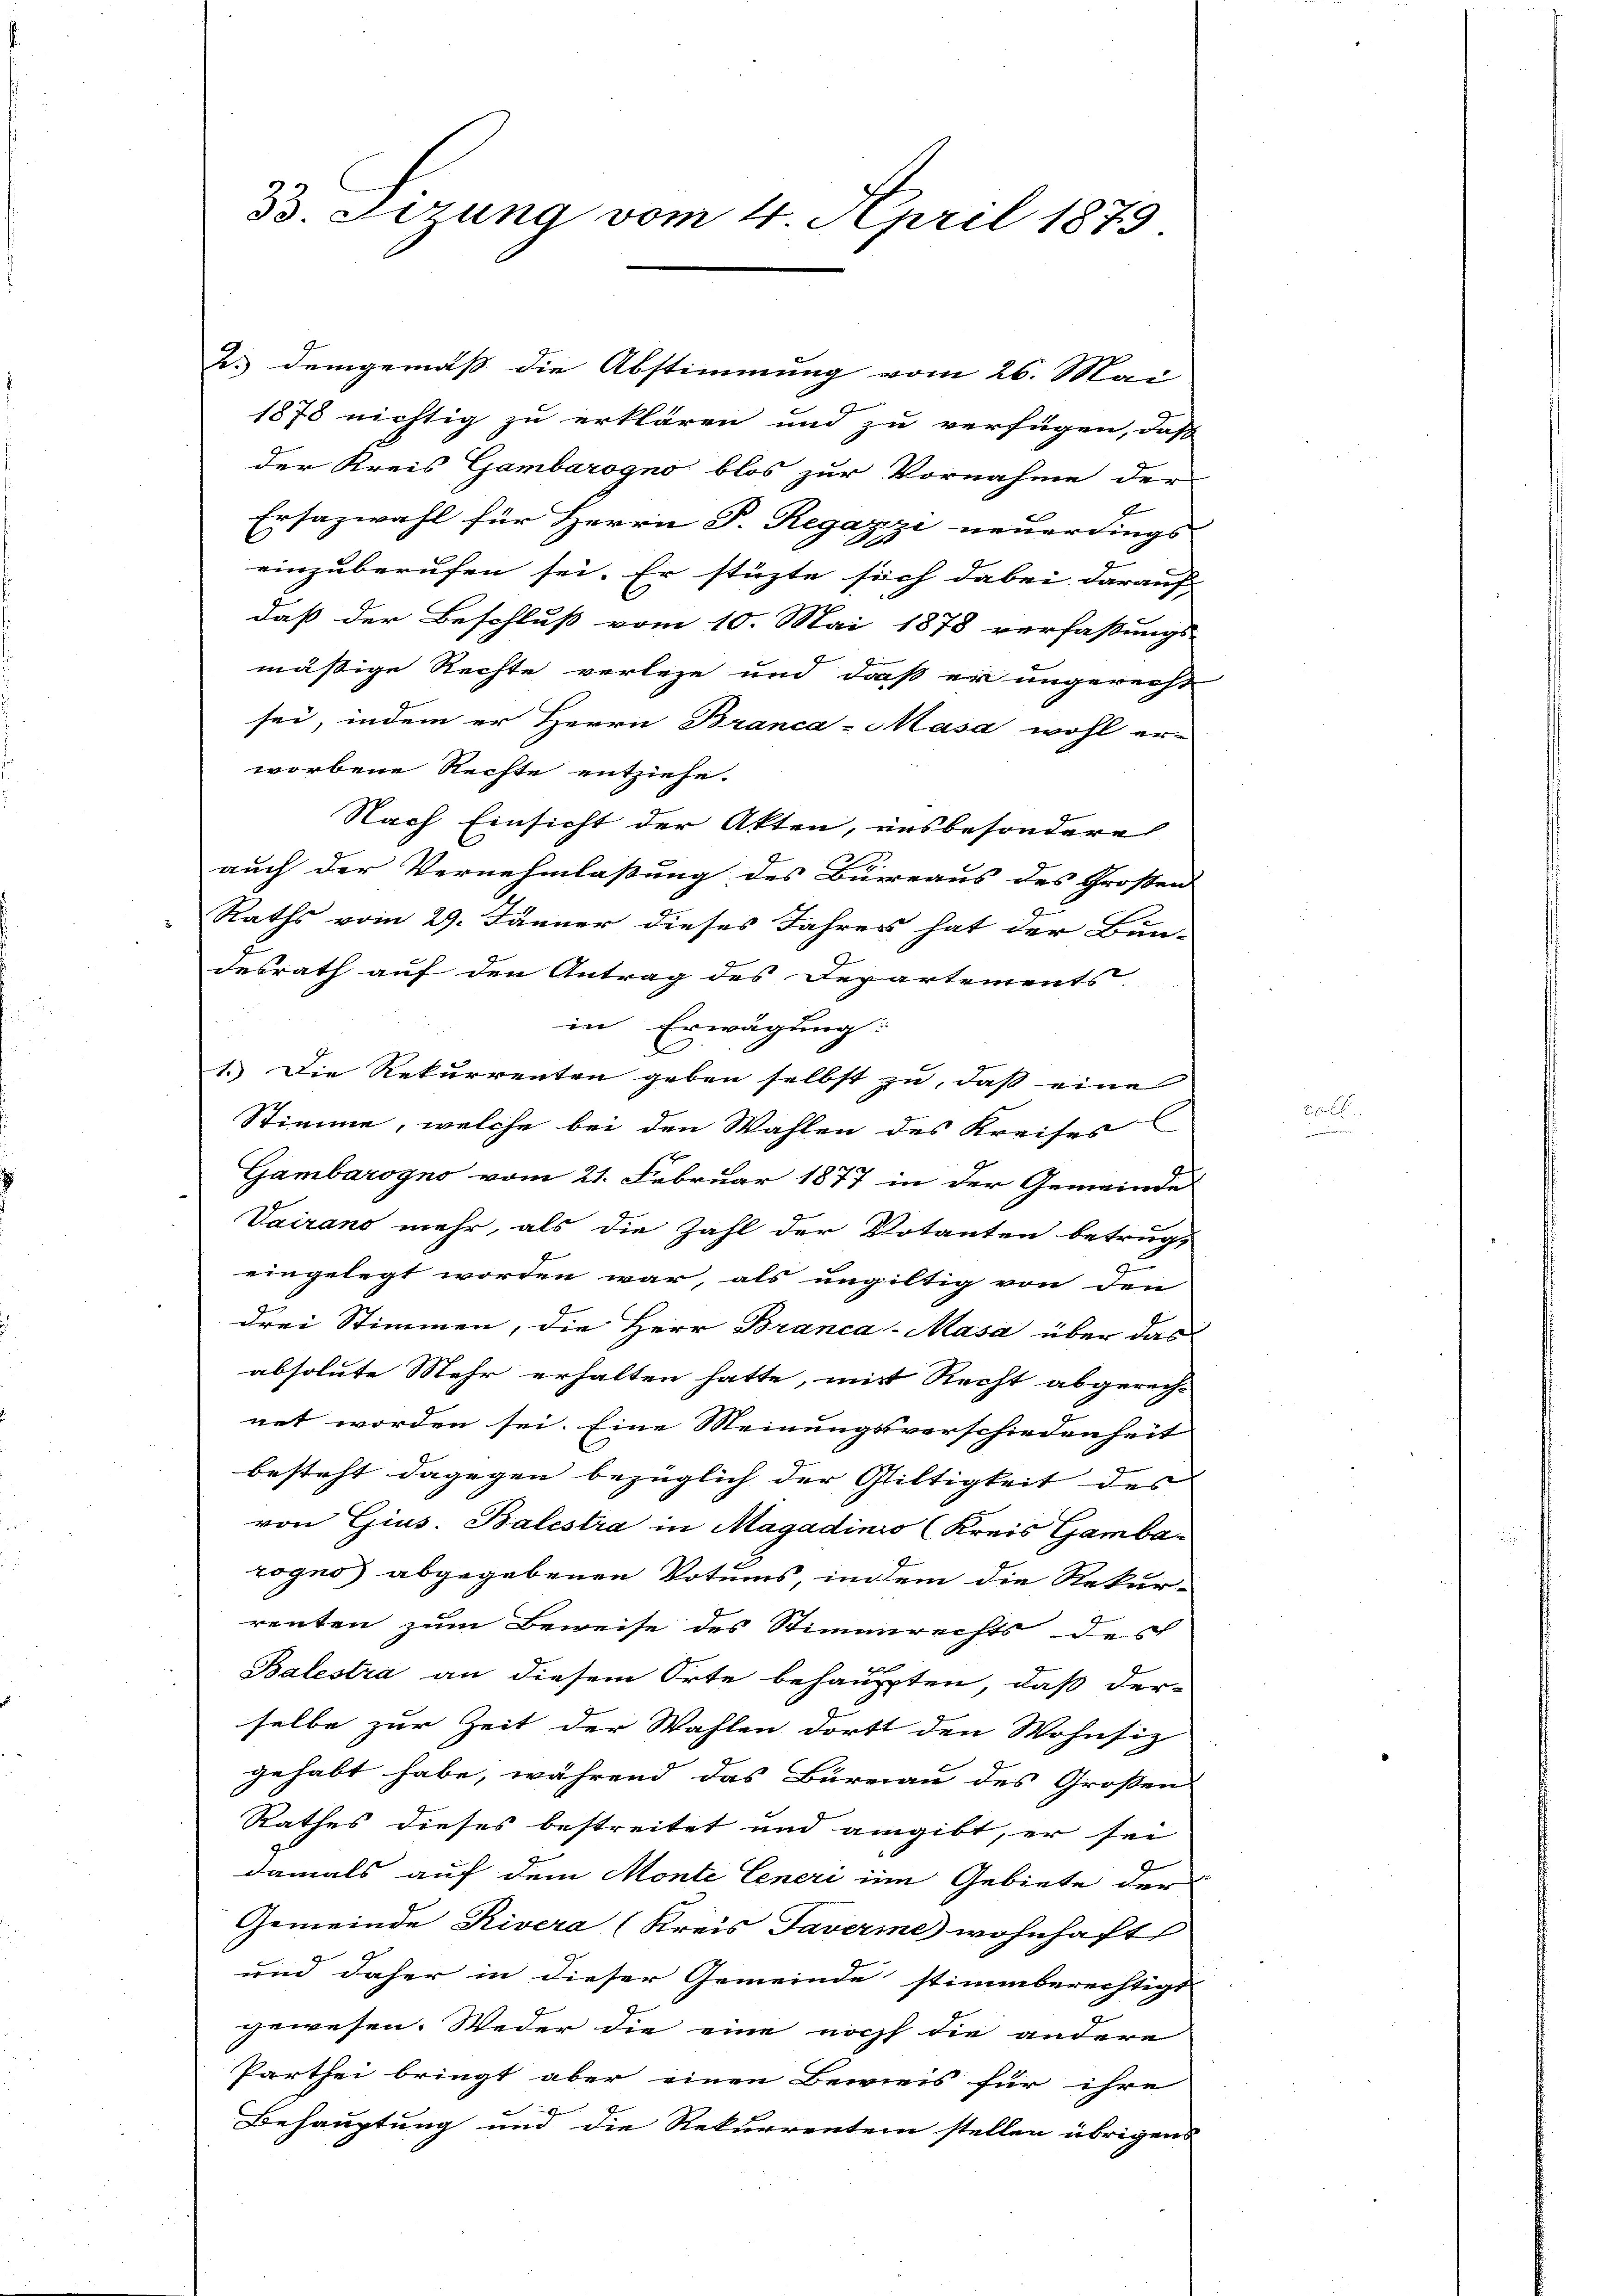
33 Sizung vom 4. April 1879

2.) Demgemäß die Abstimmung vom 26. Mai
1878 nichtig zu erklären und zu verfügen, daß
der Kreis Gambarogno blos zur Vornahme der
Ersazwahl für Herrn P. Regazze neuerdings
einzuberufen sei. Er stüzte sich dabei darauf
daß der Beschluß vom 10. Mai 1878 verfassungs-
mäßige Rechte verlege und daß er ungerecht
sei, indem er Herrn Branca-Masa wohl er-
worbene Rechte entziehe.
Nach Einsicht der Akten, uns besondere
auch der Vernehmlassung des Büreaus des Grossen
Raths vom 29. Jänner dieses Jahres hat der Bun-
desrath auf den Antrag des Departements
in Erwägung:
1. Die Rekurrenten geben selbst zu, dass eine
Stimme, welche bei den Wahlen des Kreises
Gambarogno vom 21. Februar 1877 in der Gemeinde
Vairano mehr, als die Zahl der Votanten betrügt
eingelegt worden war, als ungültig von den
drei Stimmen, die Herr Branca-Masa über das
absolute Mehr erhalten hatte, mit Recht abgerech-
net worden sei. Eine Meinungsverschiedenheit
besteht dagegen bezüglich der Gliltigkeit des
von Gius. Balestra in Magadinio (Kreis Gamba
rogno abgegebenen Votums, indem die Rekur-
renten zum Beweise des Stimmrechts des
Balestra an diesem Orte behaupten, daß der-
selbe zur Zeit der Wahlen dortt den Wohnsiz
gehabt habe, während das Büreau des Großen
Rathes dieses bestreitet und angibt, er sei
damals auf dem Monte Generi im Gebiete der
Gemeinde Rivera (Kreis Taverme wohnhaft
und daher in dieser Gemeinde stimmberechtigt
gewesen. Weder die eine noch die andere
Parthei bringt aber einen Beweis für ihre
Behauptung und die Rekurrentein stellen übrigens